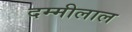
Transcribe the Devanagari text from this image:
दम्मीलाल